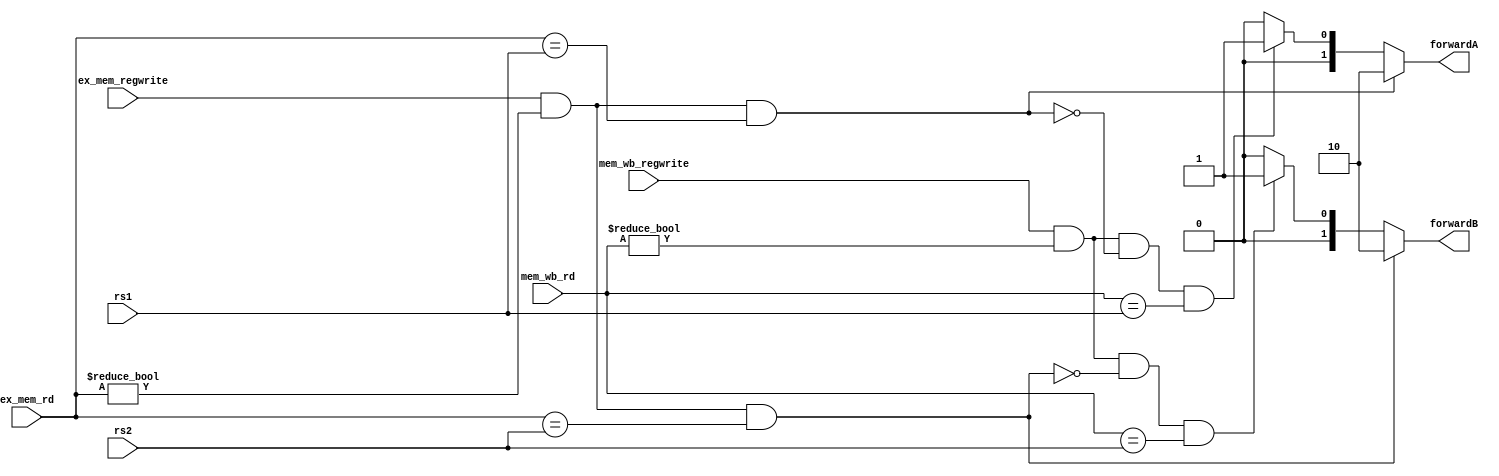
`timescale 1ns / 1ps

module  forwarding(input [4:0] rs1,       //adresa registrului sursa 1 in etapa EX
                   input [4:0] rs2,       //adresa registrului sursa 2 in etapa EX
                   input [4:0] ex_mem_rd, //adresa registrului destinatie in etapa MEM
                   input [4:0] mem_wb_rd, //adresa registrului destinatie in etapa WB
                   input ex_mem_regwrite, //semnalul de control RegWrite in etapa MEM
                   input mem_wb_regwrite, //semnal de control RegWrite in etapa WB
                   output reg [1:0] forwardA,forwardB //semnalele de selectie ale multiplexoarelor
                  );                                  //ce vor alege valoarea ce trebuie byoassata
always @(*) begin
    if (ex_mem_regwrite && (ex_mem_rd != 0) && (ex_mem_rd == rs1)) 
            forwardA = 2'b10; //hazard EX
    else begin 
         if (mem_wb_regwrite && (mem_wb_rd != 0) 
         && !(ex_mem_regwrite && (ex_mem_rd != 0) 
         && (ex_mem_rd == rs1)) && (mem_wb_rd == rs1))
            forwardA = 2'b01; // hazard MEM
         else
             forwardA = 2'b00;
    end
        
    if ((ex_mem_regwrite) && (ex_mem_rd != 0) && (ex_mem_rd == rs2)) 
            forwardB = 2'b10; //hazard EX
    else begin 
        if (mem_wb_regwrite && (mem_wb_rd != 0) && 
           !(ex_mem_regwrite && (ex_mem_rd != 0) && 
           (ex_mem_rd == rs2)) && (mem_wb_rd == rs2))
                forwardB = 2'b01; // hazard MEM
        else
                forwardB = 2'b00;
    end
end                  
endmodule